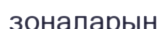
зоналарын